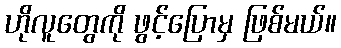
ဟိုလူတွေကို ဖွင့်ပြောမှ ဖြစ်မယ်။